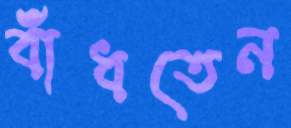
বাঁধতেন